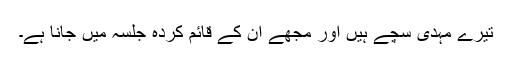
تیرے مہدی سچے ہیں اور مجھے اُن کے قائم کردہ جلسہ میں جانا ہے۔